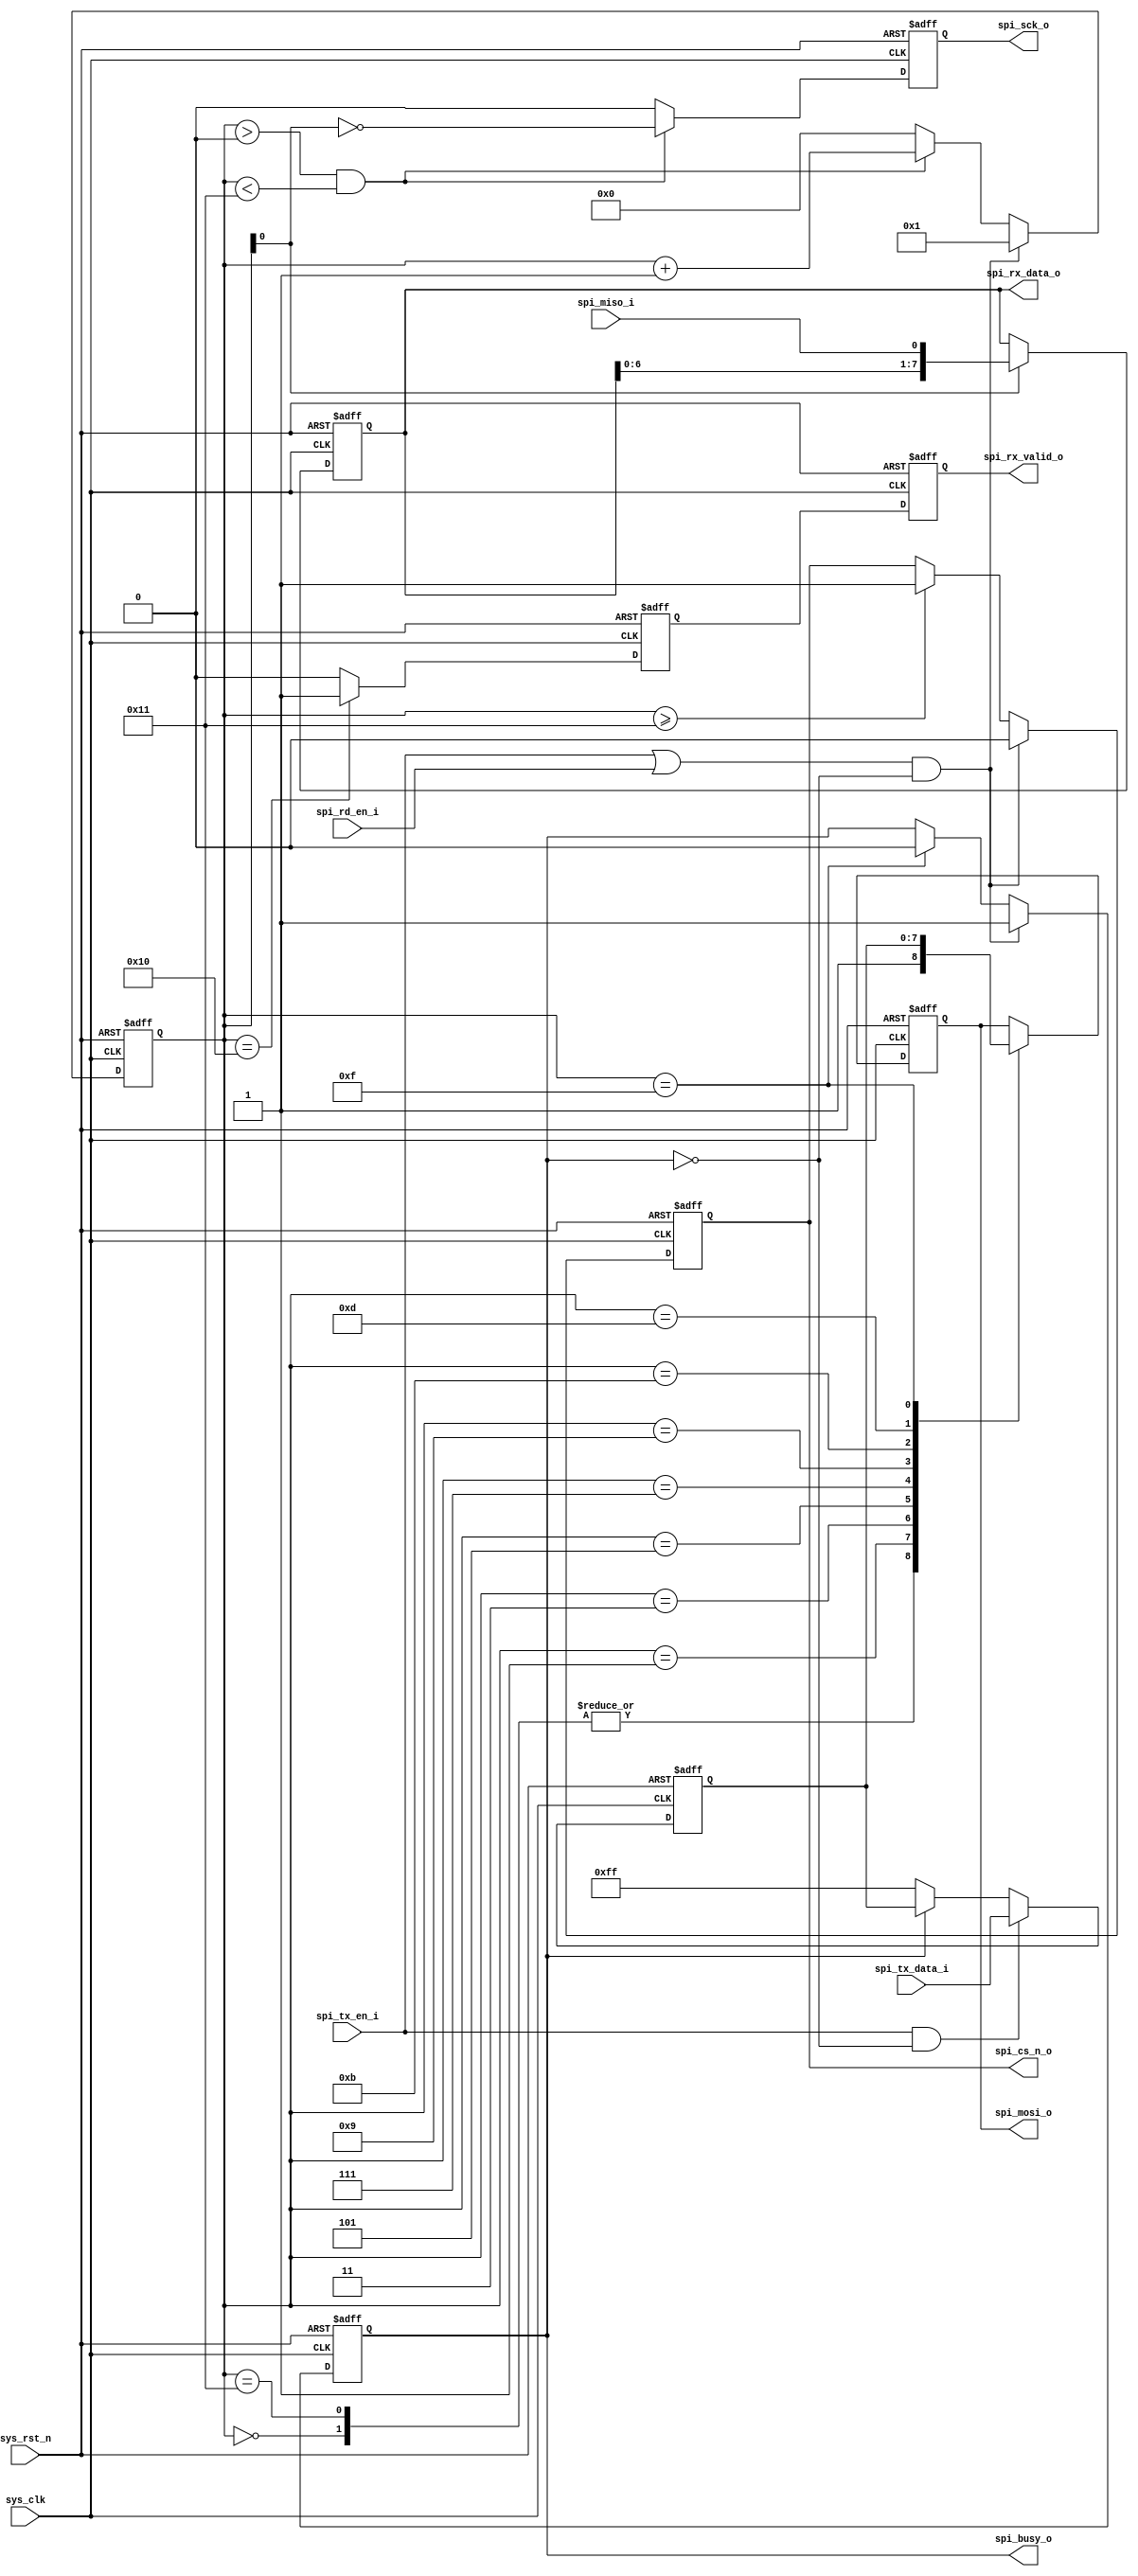
//////////////////////////////////////////////////////////////////////////////////
// Company: 
// 
// Design Name: 
// Module Name:    spi_master
// Project Name: 
// Target Devices: 
// Tool versions: 
// Description: spi master driver, only support mode 3, CPOL = 1, CPHA = 1
//              use tiwce frequency clock instead of the sys_clk, avoid FPGA clock resource output directly
//              note: sck is a signal depend on sys_clk, and miso appears at negative edge of sck, later than theoretical data.
//                    if using code in annotation, it's at risk of reading elder data
// Dependencies: 
//
// Revision: 2.00 File Completed 15:57 06/02/2023
// Additional Comments: 
//
//////////////////////////////////////////////////////////////////////////////////

module spi_master (
	input	wire								sys_clk,					// twice the clock frequency of spi_sck_o
	input	wire								sys_rst_n,
	output	reg									spi_cs_n_o,
	output	reg									spi_sck_o,
	output	reg									spi_mosi_o,
	input	wire								spi_miso_i,
	// control signals
	input	wire								spi_tx_en_i,				// When tx_en is low but rd_en is high, read next data and send 'hFF
	input	wire	[7:0]						spi_tx_data_i,				// It's valid when < spi_tx_en_i && !spi_busy_o >
	output	reg									spi_busy_o,					// When it is high, all inputs are ignored. User should keep "enable" and "data" untill "busy" goes low.
	output	reg									spi_rx_valid_o,
	output	reg		[7:0]						spi_rx_data_o,
	input	wire								spi_rd_en_i					// Read next data while < ( spi_rd_en_i || spi_tx_en_i ) && !spi_busy_o >
);
	
	reg		[4:0]								cnt_spi;
	reg		[7:0]								spi_tx_data;
	reg		[7:0]								spi_rx_data;
	reg											spi_rx_valid;

always @ ( posedge sys_clk or negedge sys_rst_n ) begin
	if ( !sys_rst_n ) begin
		cnt_spi <= 5'd0;
	end else if ( ( spi_tx_en_i || spi_rd_en_i ) && !spi_busy_o ) begin
		cnt_spi <= 5'd1;
	end else if ( cnt_spi > 'd0 && cnt_spi < 'd17 ) begin
		cnt_spi <= cnt_spi + 5'd1;
	end else begin
		cnt_spi <= 5'd0;
	end
end

always @ ( posedge sys_clk or negedge sys_rst_n ) begin
	if ( !sys_rst_n ) begin
		spi_cs_n_o <= 1'b1;
	end else if ( ( spi_tx_en_i || spi_rd_en_i ) && !spi_busy_o ) begin
		spi_cs_n_o <= 1'b0;
	end else if ( cnt_spi >= 'd17 ) begin
		spi_cs_n_o <= 1'b1;
	end else begin
		spi_cs_n_o <= spi_cs_n_o;
	end
end

always @ ( posedge sys_clk or negedge sys_rst_n ) begin
	if ( !sys_rst_n ) begin
		spi_sck_o <= 1'b1;
	end else if ( cnt_spi > 'd0 && cnt_spi < 'd17 ) begin
		spi_sck_o <= ~cnt_spi[0];
	end else begin
		spi_sck_o <= 1'b0;
	end
end

always @ ( posedge sys_clk or negedge sys_rst_n ) begin
	if ( !sys_rst_n ) begin
		spi_busy_o <= 1'b0;
	end else if ( ( spi_tx_en_i || spi_rd_en_i ) && !spi_busy_o ) begin
		spi_busy_o <= 1'b1;
	end else if ( cnt_spi == 'd15 ) begin
		spi_busy_o <= 1'b0;
	end else begin
		spi_busy_o <= spi_busy_o;
	end
end

always @ ( posedge sys_clk or negedge sys_rst_n ) begin
	if ( !sys_rst_n ) begin
		spi_tx_data <= 8'hFF;
	end else if ( spi_tx_en_i && !spi_busy_o ) begin
		spi_tx_data <= spi_tx_data_i;
	end else if ( !spi_busy_o ) begin
		spi_tx_data <= 8'hFF;
	end else begin
		spi_tx_data <= spi_tx_data;
	end
end

always @ ( posedge sys_clk or negedge sys_rst_n ) begin
	if ( !sys_rst_n ) begin
		spi_mosi_o <= 1'b1;
	end else case ( cnt_spi )
		'd0: spi_mosi_o <= 1'b1;
		'd17: spi_mosi_o <= 1'b1;
		'd1: spi_mosi_o <= spi_tx_data[7];
		'd3: spi_mosi_o <= spi_tx_data[6];
		'd5: spi_mosi_o <= spi_tx_data[5];
		'd7: spi_mosi_o <= spi_tx_data[4];
		'd9: spi_mosi_o <= spi_tx_data[3];
		'd11: spi_mosi_o <= spi_tx_data[2];
		'd13: spi_mosi_o <= spi_tx_data[1];
		'd15: spi_mosi_o <= spi_tx_data[0];
		default: spi_mosi_o <= spi_mosi_o;
	endcase
end

// always @ ( posedge sys_clk or negedge sys_rst_n ) begin
	// if ( !sys_rst_n ) begin
		// spi_rx_data <= 8'h0;
	// end else if (cnt_spi > 'd0 && !cnt_spi[0] ) begin
		// spi_rx_data <= { spi_rx_data[6:0], spi_miso_i };
	// end else begin
		// spi_rx_data <= spi_rx_data;
	// end
// end

// always @ ( posedge sys_clk or negedge sys_rst_n ) begin
	// if ( !sys_rst_n ) begin
		// spi_rx_data_o <= 8'h0;
	// end else if ( cnt_spi == 'd1 || cnt_spi == 'd17 ) begin
		// spi_rx_data_o <= spi_rx_data;
	// end else begin
		// spi_rx_data_o <= spi_rx_data_o;
	// end
// end

always @ ( posedge sys_clk or negedge sys_rst_n ) begin
	if ( !sys_rst_n ) begin
		spi_rx_data_o <= 8'h0;
	end else if ( cnt_spi[0] ) begin
		spi_rx_data_o <= { spi_rx_data_o[6:0], spi_miso_i };
	end else begin
		spi_rx_data_o <= spi_rx_data_o;
	end
end

always @ ( posedge sys_clk or negedge sys_rst_n ) begin
	if ( !sys_rst_n ) begin
		spi_rx_valid <= 1'b0;
	end else if ( cnt_spi == 'd16 ) begin
		spi_rx_valid <= 1'b1;
	end else begin
		spi_rx_valid <= 1'b0;
	end
end

always @ ( posedge sys_clk or negedge sys_rst_n ) begin
	if ( !sys_rst_n ) begin
		spi_rx_valid_o <= 1'b0;
	end else begin
		spi_rx_valid_o <= spi_rx_valid;
	end
end

endmodule